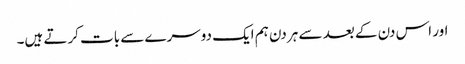
اور اس دن کے بعد سے ہر دن ہم ایک دوسرے سے بات کرتے ہیں۔